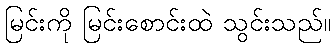
မြင်းကို မြင်းစောင်းထဲ သွင်းသည်။